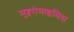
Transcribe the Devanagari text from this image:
सुब्बरोमाइसिस